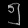
Digit: ၅